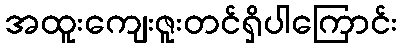
အထူးကျေးဇူးတင်ရှိပါကြောင်း